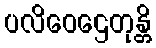
ပလိဝေဌေတုန္တိ